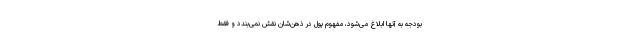
بودجه به آنها ابلاغ می‌شود، مفهوم پول در ذهن‌شان نقش نمی‌بندد و فقط